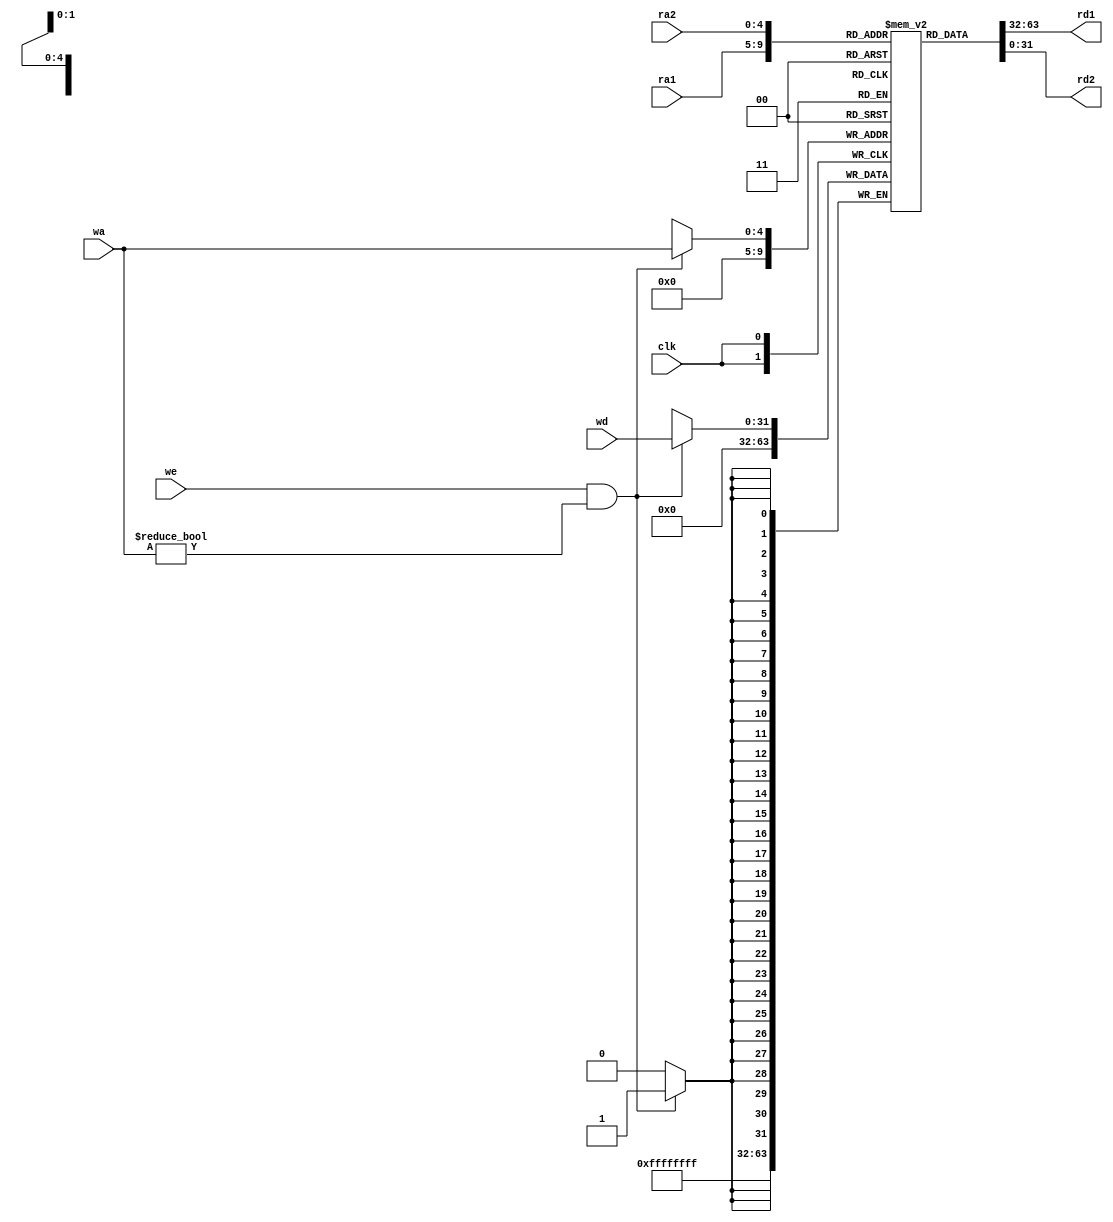
`timescale 1ns / 1ps
//////////////////////////////////////////////////////////////////////////////////
// Company: 
// Engineer: 
// 
// Design Name: 
// Module Name: register_file
// Project Name: 
// Target Devices: 
// Tool Versions: 
// Description: 
// 
// Dependencies: 
// 
// Revision:
// Revision 0.01 - File Created
// Additional Comments:
// 
//////////////////////////////////////////////////////////////////////////////////


module register_file(
    input clk,
    input [4:0] ra1, ra2,   //
    output [31:0] rd1, rd2, //
    input [4:0] wa,         //
    input [31:0] wd,        //
    input we                //
    );

    reg [31:0] rf [0:31];   //

    assign rd1 = rf[ra1];
    assign rd2 = rf[ra2];

    //
    initial begin
        rf[0] = 32'h00000000;
        rf[1] = 32'h000001F1;
        rf[2] = 32'h00000005;
        rf[3] = 32'h00000FFF;
        rf[4] = 32'h00000005;
        rf[5] = 32'h00000006;
        rf[6] = 32'h00000007;
        rf[7] = 32'h00000004;
        rf[8] = 32'h00000009;
        rf[9] = 32'h0000000A;
        rf[10] = 32'h0000000B;
        rf[11] = 32'h00000004;
        rf[12] = 32'h0000000D;
        rf[13] = 32'h0000000E;
        rf[14] = 32'h0000000F;
        rf[15] = 32'h00000010;
        rf[16] = 32'h0000001A;
        rf[17] = 32'h00000012;
        rf[18] = 32'h00000017;
        rf[19] = 32'h00000014;
        rf[20] = 32'h00000015;
        rf[21] = 32'h00000032;
        rf[22] = 32'h00000010;
        rf[23] = 32'h00000018;
        rf[24] = 32'h00000109;
        rf[25] = 32'h0000001A;
        rf[26] = 32'h0000001B;
        rf[27] = 32'h00000014;
        rf[28] = 32'h0000001D;
        rf[29] = 32'h0000001E;
        rf[30] = 32'h0000001F;
        rf[31] = 32'h000100F0;
    end

    always @(posedge clk) begin
        rf[0] <= 0;  //0
    end

    always @(posedge clk) begin
        //0
        if(we && wa != 5'b0)begin
            rf[wa] <= wd;   //
        end   
    end

endmodule